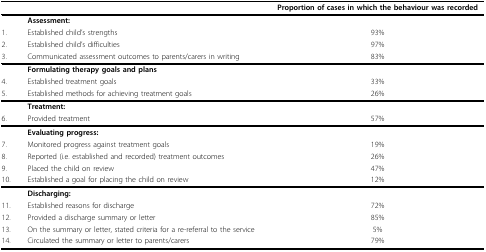
<table><thead><tr><td>[EMPTY_CELL]</td><td>[EMPTY_CELL]</td><td><b>Proportion of cases in which the behaviour was recorded</b></td></tr></thead><tbody><tr><td>[EMPTY_CELL]</td><td><b>Assessment:</b></td><td>[EMPTY_CELL]</td></tr><tr><td>1.</td><td>Established child's strengths</td><td>93%</td></tr><tr><td>2.</td><td>Established child's difficulties</td><td>97%</td></tr><tr><td>3.</td><td>Communicated assessment outcomes to parents/carers in writing</td><td>83%</td></tr><tr><td>[EMPTY_CELL]</td><td><b>Formulating therapy goals and plans</b></td><td>[EMPTY_CELL]</td></tr><tr><td>4.</td><td>Established treatment goals</td><td>33%</td></tr><tr><td>5.</td><td>Established methods for achieving treatment goals</td><td>26%</td></tr><tr><td>[EMPTY_CELL]</td><td><b>Treatment:</b></td><td>[EMPTY_CELL]</td></tr><tr><td>6.</td><td>Provided treatment</td><td>57%</td></tr><tr><td>[EMPTY_CELL]</td><td><b>Evaluating progress:</b></td><td>[EMPTY_CELL]</td></tr><tr><td>7.</td><td>Monitored progress against treatment goals</td><td>19%</td></tr><tr><td>8.</td><td>Reported (i.e. established and recorded) treatment outcomes</td><td>26%</td></tr><tr><td>9.</td><td>Placed the child on review</td><td>47%</td></tr><tr><td>10.</td><td>Established a goal for placing the child on review</td><td>12%</td></tr><tr><td>[EMPTY_CELL]</td><td><b>Discharging:</b></td><td>[EMPTY_CELL]</td></tr><tr><td>11.</td><td>Established reasons for discharge</td><td>72%</td></tr><tr><td>12.</td><td>Provided a discharge summary or letter</td><td>85%</td></tr><tr><td>13.</td><td>On the summary or letter, stated criteria for a re-referral to the service</td><td>5%</td></tr><tr><td>14.</td><td>Circulated the summary or letter to parents/carers</td><td>79%</td></tr></tbody></table>